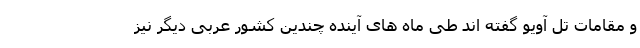
و مقامات تل آویو گفته اند طی ماه های آینده چندین کشور عربی دیگر نیز